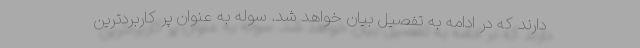
دارند که در ادامه به تفصیل بیان خواهد شد. سوله به عنوان پر کاربردترین